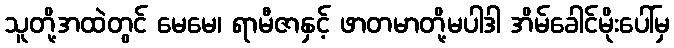
သူတို့အထဲတွင် မေမေ၊ ရာမီဇာနှင့် ဖာတမာတို့မပါဒါ အိမ်ခေါင်မိုးပေါ်မှ